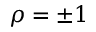
\rho = \pm 1